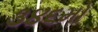
૩૪૬મો